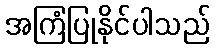
အကြံပြုနိုင်ပါသည်